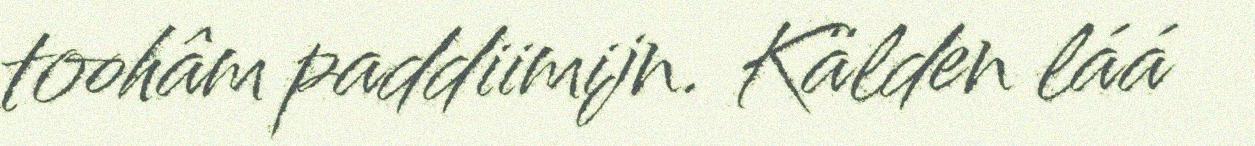
toohâm paddiimijn. Kälden láá